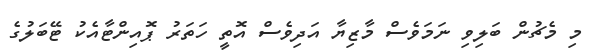
މި މެޗުން ބަލިވި ނަމަވެސް މާޒިޔާ އަދިވެސް އޮތީ ހަތަރު ޕޮއިންޓާއެކު ޓޭބަލުގެ